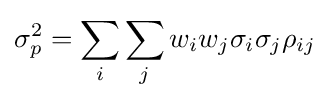
\sigma _{p}^{2}=\sum _{i}\sum _{j}w_{i}w_{j}\sigma _{i}\sigma _{j}\rho _{ij}